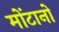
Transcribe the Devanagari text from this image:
मोंटानो